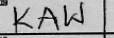
Transcription: KAW